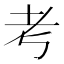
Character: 考